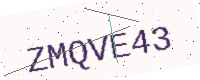
Text: ZMQVE43